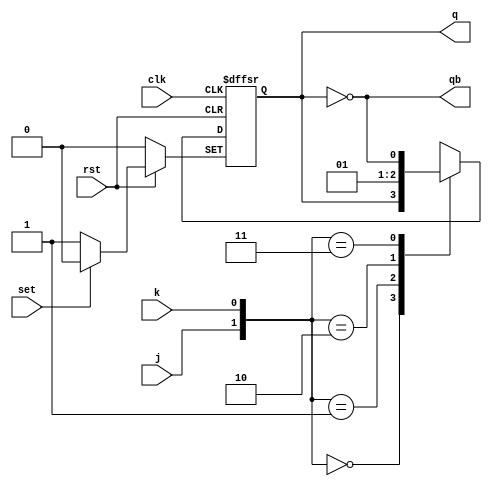
module JK_FF (
input clk,j,k,rst,set,	
output reg q,
output wire qb
);
assign qb = ~q;
always@(posedge clk or negedge rst or negedge set)
begin
    if (!rst)
       q <= 1'b0;	// 
    else if (!set)
       q <= 1'b1;  	// 1
     else
          case ({j,k})
              2'b00:	q <= q;	//
              2'b01:	q <= 0;	//0
              2'b10:	q <= 1;	//1
              2'b11:	q <= ~q;	//
          endcase
end
endmodule